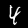
Label: 4